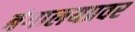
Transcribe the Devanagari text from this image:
बंगालयप्रवर